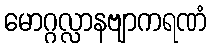
မောဂ္ဂလ္လာနဗျာကရဏံ